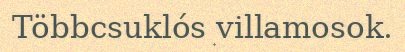
Többcsuklós villamosok.